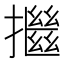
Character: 𢷖